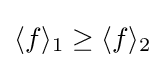
\langle f\rangle _{1}\geq \langle f\rangle _{2}